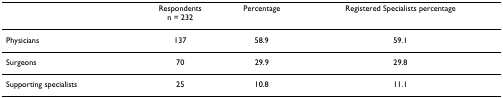
<table><thead><tr><td></td><td><b>Respondentsn = 232</b></td><td><b>Percentage</b></td><td><b>Registered Specialists percentage</b></td></tr></thead><tbody><tr><td>Physicians</td><td>137</td><td>58.9</td><td>59.1</td></tr><tr><td>Surgeons</td><td>70</td><td>29.9</td><td>29.8</td></tr><tr><td>Supporting specialists</td><td>25</td><td>10.8</td><td>11.1</td></tr></tbody></table>